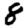
Digit: 8